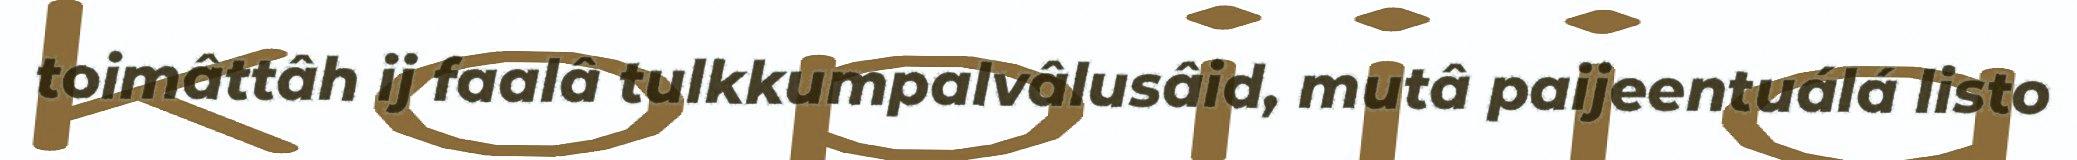
toimâttâh ij faalâ tulkkumpalvâlusâid, mutâ paijeentuálá listo